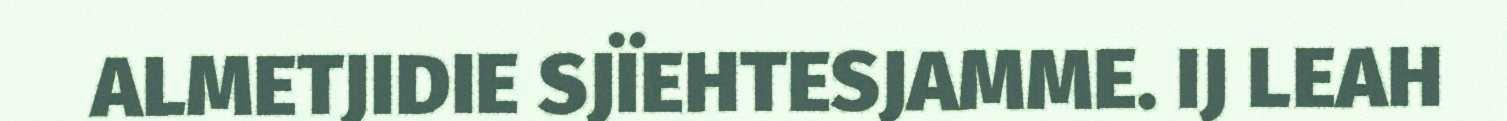
ALMETJIDIE SJÏEHTESJAMME. IJ LEAH